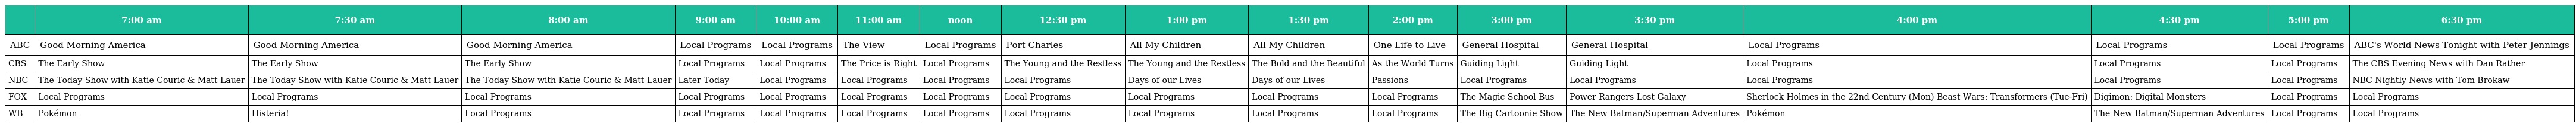
|  | 7:00 am | 7:30 am | 8:00 am | 9:00 am | 10:00 am | 11:00 am | noon | 12:30 pm | 1:00 pm | 1:30 pm | 2:00 pm | 3:00 pm | 3:30 pm | 4:00 pm | 4:30 pm | 5:00 pm | 6:30 pm |
 | --- | --- | --- | --- | --- | --- | --- | --- | --- | --- | --- | --- | --- | --- | --- | --- | --- | --- |
 | ABC | Good Morning America | Good Morning America | Good Morning America | Local Programs | Local Programs | The View | Local Programs | Port Charles | All My Children | All My Children | One Life to Live | General Hospital | General Hospital | Local Programs | Local Programs | Local Programs | ABC's World News Tonight with Peter Jennings |
 | CBS | The Early Show | The Early Show | The Early Show | Local Programs | Local Programs | The Price is Right | Local Programs | The Young and the Restless | The Young and the Restless | The Bold and the Beautiful | As the World Turns | Guiding Light | Guiding Light | Local Programs | Local Programs | Local Programs | The CBS Evening News with Dan Rather |
 | NBC | The Today Show with Katie Couric & Matt Lauer | The Today Show with Katie Couric & Matt Lauer | The Today Show with Katie Couric & Matt Lauer | Later Today | Local Programs | Local Programs | Local Programs | Local Programs | Days of our Lives | Days of our Lives | Passions | Local Programs | Local Programs | Local Programs | Local Programs | Local Programs | NBC Nightly News with Tom Brokaw |
 | FOX | Local Programs | Local Programs | Local Programs | Local Programs | Local Programs | Local Programs | Local Programs | Local Programs | Local Programs | Local Programs | Local Programs | The Magic School Bus | Power Rangers Lost Galaxy | Sherlock Holmes in the 22nd Century (Mon) Beast Wars: Transformers (Tue-Fri) | Digimon: Digital Monsters | Local Programs | Local Programs |
 | WB | Pokémon | Histeria! | Local Programs | Local Programs | Local Programs | Local Programs | Local Programs | Local Programs | Local Programs | Local Programs | Local Programs | The Big Cartoonie Show | The New Batman/Superman Adventures | Pokémon | The New Batman/Superman Adventures | Local Programs | Local Programs |